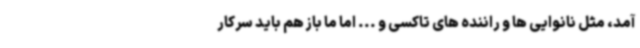
آمد، مثل نانوایی ها و راننده های تاکسی و ... اما ما باز هم باید سرکار